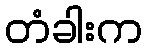
တံခါးက